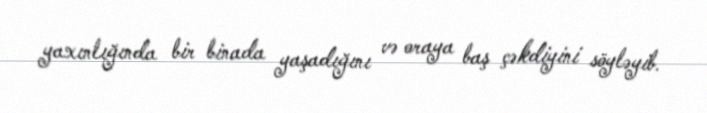
yaxınlığında bir binada yaşadığını və oraya baş çəkdiyini söyləyib.